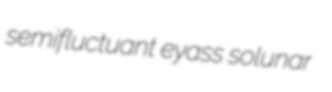
semifluctuant eyass solunar